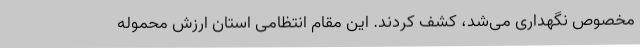
مخصوص نگهداری می‌شد، کشف کردند. این مقام انتظامی استان ارزش محموله